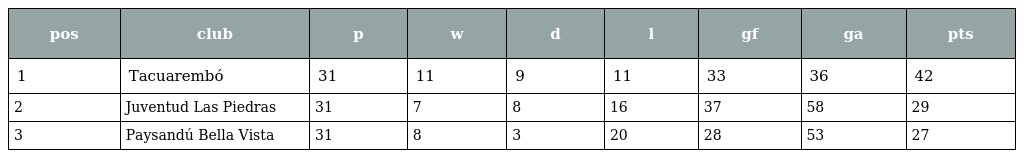
| pos | club | p | w | d | l | gf | ga | pts |
 | --- | --- | --- | --- | --- | --- | --- | --- | --- |
 | 1 | Tacuarembó | 31 | 11 | 9 | 11 | 33 | 36 | 42 |
 | 2 | Juventud Las Piedras | 31 | 7 | 8 | 16 | 37 | 58 | 29 |
 | 3 | Paysandú Bella Vista | 31 | 8 | 3 | 20 | 28 | 53 | 27 |